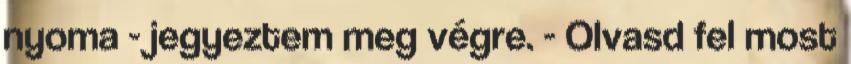
nyoma - jegyeztem meg végre. - Olvasd fel most